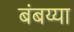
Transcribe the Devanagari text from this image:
बंबय्या